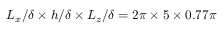
L _ { x } / \delta \times h / \delta \times L _ { z } / \delta = 2 \pi \times 5 \times 0 . 7 7 \pi